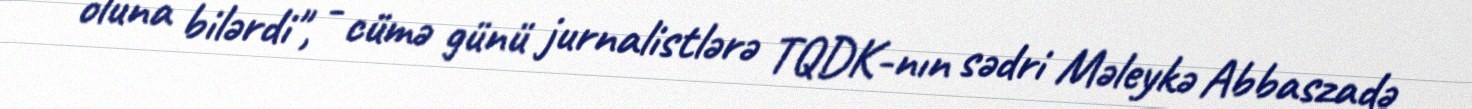
oluna bilərdi", - cümə günü jurnalistlərə TQDK-nın sədri Məleykə Abbaszadə